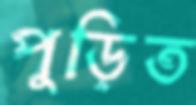
পুড়িত